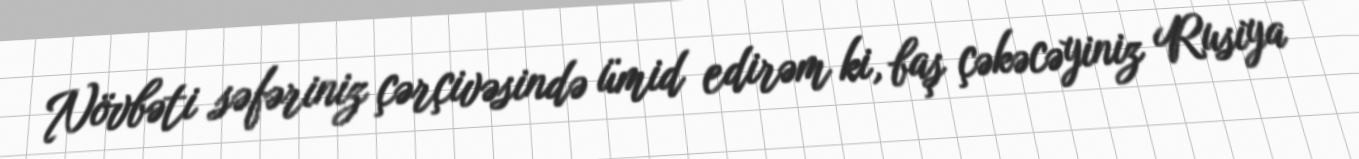
Növbəti səfəriniz çərçivəsində ümid edirəm ki, baş çəkəcəyiniz Rusiya